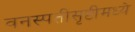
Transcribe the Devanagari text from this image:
वनस्पतीसृष्टीमध्ये